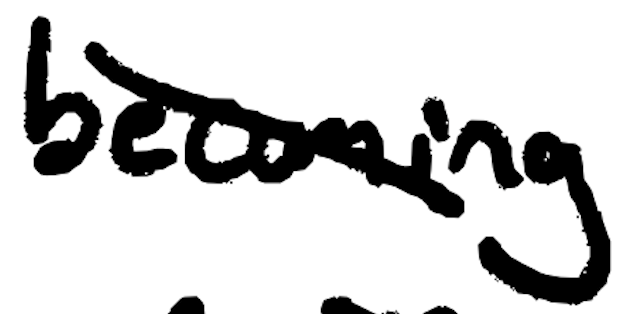
Text: becoming
Cross-out: diagonal
Writing tool: digital_black